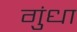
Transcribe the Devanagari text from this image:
गुंधा